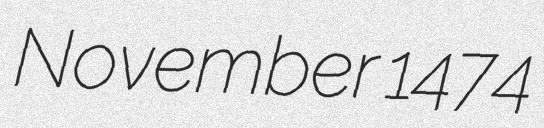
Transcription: November 1474